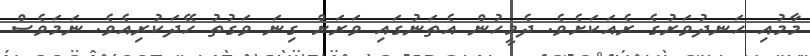
މާމުއި ހަނދުވަރުގެ ރެއަކަށެވެ. ދެމީހުން އެތަނުގައި ވަރަށް ގިނަ ވަގުތު ހޭދަކުރިއެވެ. ނަމަވެސް